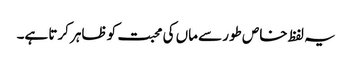
یہ لفظ خاص طور سے ماں کی محبت کو ظاہر کرتا ہے۔